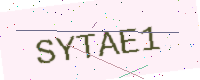
Text: SYTAE1